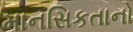
માનસિકતાનો